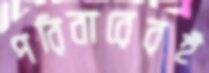
পরিবারেরই